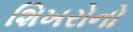
શિખરોનો